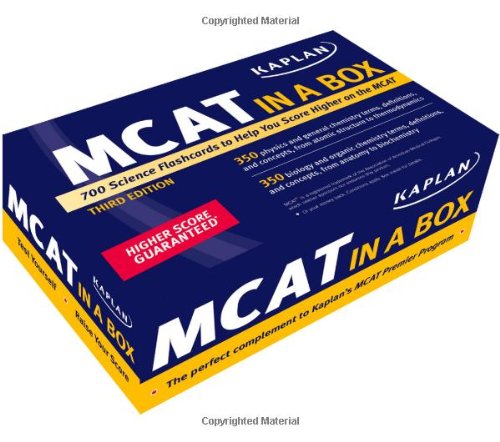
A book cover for Kaplan MCAT in a Box; Kaplan; Test Preparation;